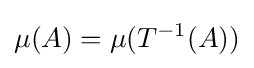
\mu (A)=\mu (T^{-1}(A))